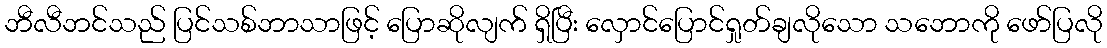
ဘီလီဘင်သည် ပြင်သစ်ဘာသာဖြင့် ပြောဆိုလျက် ရှိပြီး လှောင်ပြောင်ရှုတ်ချလိုသော သဘောကို ဖော်ပြလို